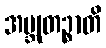
အဗ္ဘုတဉ္စာတိ